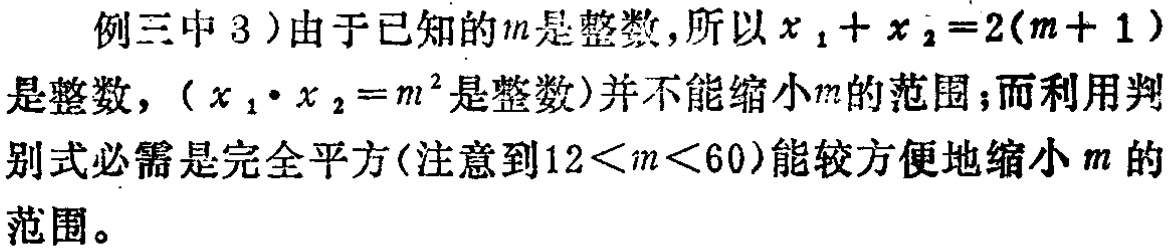
例三中3）由于已知的\(m\)是整数,所以\(x_{1}+x_{2}=2(m + 1)\)是整数，\((x_{1}\cdot x_{2}=m^{2}\)是整数)并不能缩小\(m\)的范围；而利用判别式必需是完全平方(注意到\(12<m<60\))能较方便地缩小\(m\)的范围。